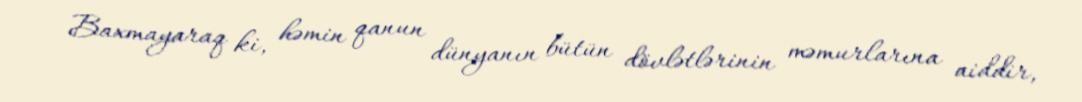
Baxmayaraq ki, həmin qanun dünyanın bütün dövlətlərinin məmurlarına aiddir,